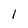
Character: 1